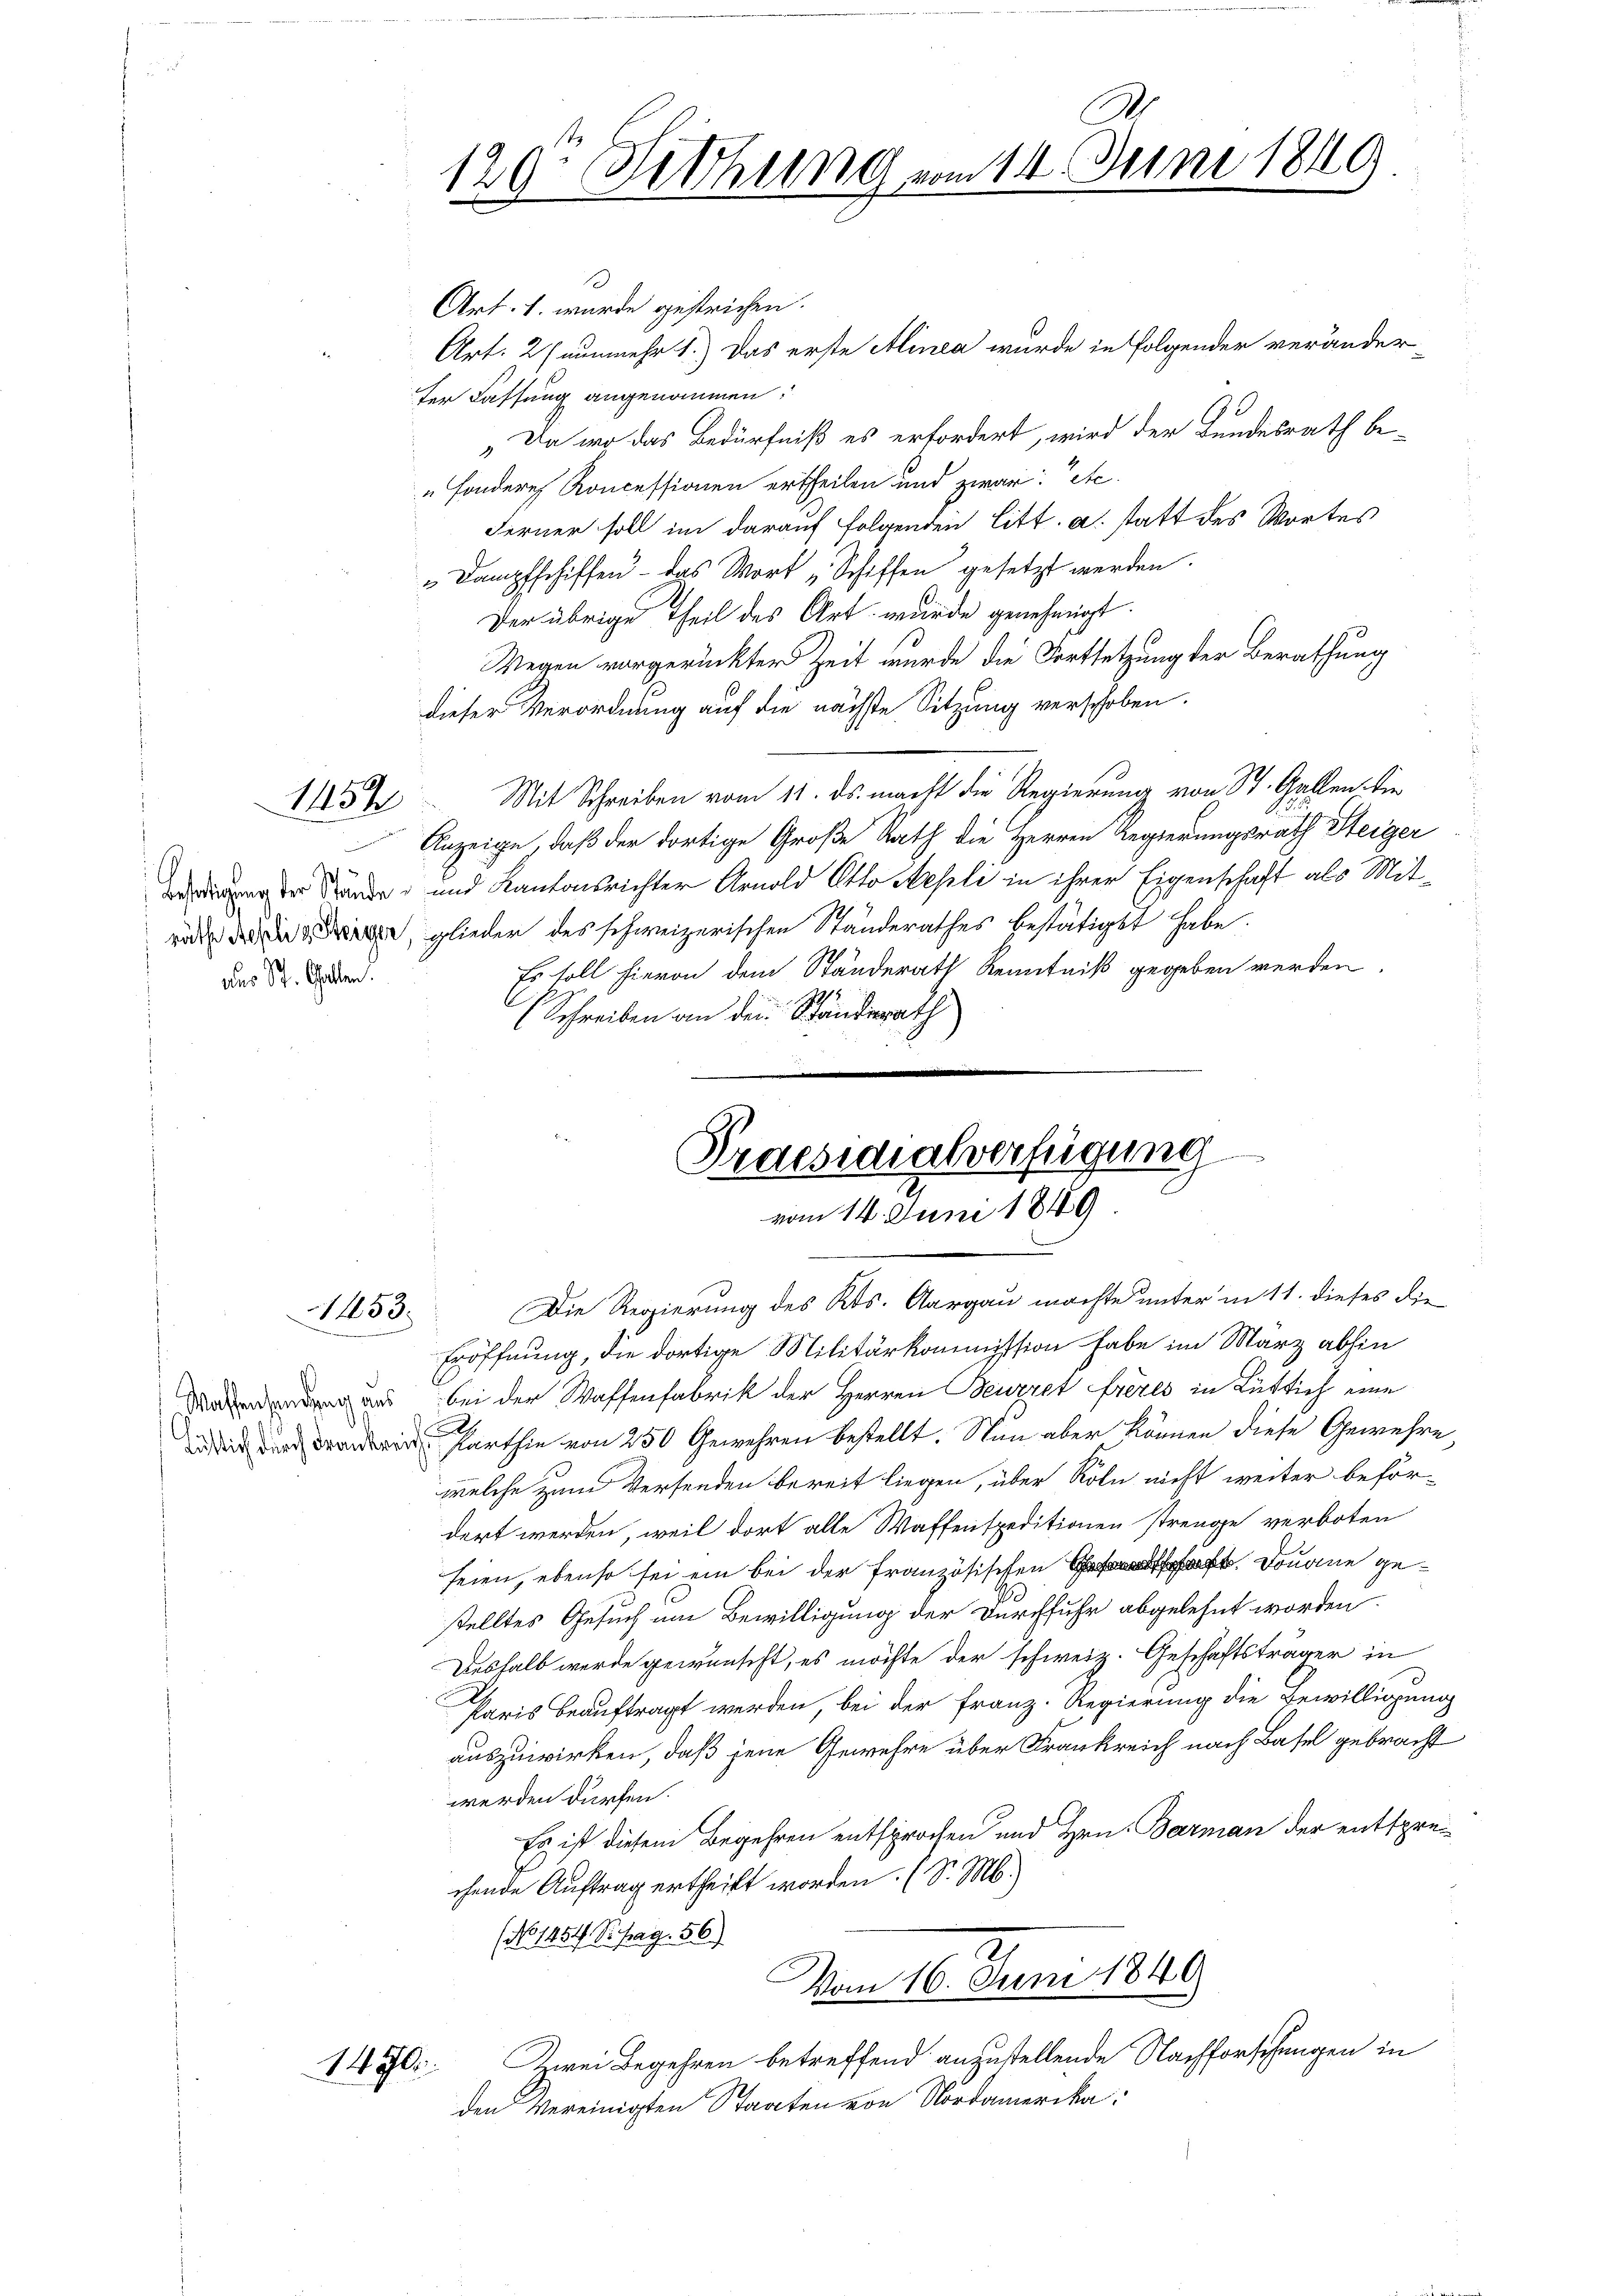
1154

des St. Gallen.

1453.

Art. 27 nunmehr 1.) Das erste Alinea wurde in Folgender veränder-
ter Fassung angenommen:
„Da wo das Bedürfniß es erfordert, wird der Bundesrath be¬
„sonderes Koncessionen ertheilen und zwar: Ste
Ferner soll im darauf folgenden litt. a. statt des Wortes
„Dampfschiffen – das Wort „Schiffen gesetzt werden.
Der übrige Theil des Art wurde genehmigt.
Wegen vorgerückter Zeit wurde die Fortsetzung der Berathung
dieser Verordnung auf die nächste Sitzung verschoben.
Mit Schreiben vom 11. ds. macht die Regierung von St. Gallen die
Anzeige, daß der dortige Große Rath die Herren Regierungsrath Steiger
 Stände und Kantonsrichter Arnold Otto Hesli in ihrer Eigenschaft als Mitri der die glieder des schweizerischen Standerathes bestätiget habe.
Es soll hievon dem Ständerath Kenntniß gegeben werden.
(Schreiben an den Standerath

.
Art. 1. wurde gestrichen.

A.
120. Sitzung vom 14. Juni 1849

Praesidialverfügung
vom 14. Juni 1849

Die Regierung des Kts. Aargau machte unter in 11. dieses die
Eröffnung, die dortige Militärkommission habe im März abhin
as bei der Waffenfabrik der Herren Beuzzet freies in Rütlich eine
 Karthin von 250 Gewehren bestellt. Nun aber können diese Gewehre,
welche zum Versenden bereit liegen, über Köln nicht weiter befördert werden, weil dort alle Waffenspeditionen strenge verboten
seien, ebenso sei ein bei der französischen. Donne gestelltes Gesuch um Bewilligung der Durchfuhr abgelehnt worden.
Deshalb werde gewünscht, es möchte der schweiz. Geschäftsträger in
Paris beauftragt werden, bei der Franz-Regierung die Bewilligung
auszuwirken, daß jene Gewehre über Frankreich nach Basel gebracht
werden dürfen.
Es ist diesem Begehren entsprochen und Hrn. Barman der entsprechende Auftrag ertheilt worden. (S. M.)
(No 1454 S. pag. 56)
Vom 16. Juni 1849
Zwei Begehren betreffend anzustellende Nachforschungen in
1470.
den Vereinigten Staaten von Nordamerika